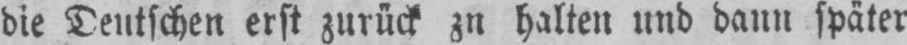
die Deutschen erst zurück zu halten und dann später